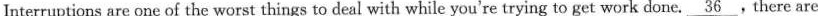
Interruptions are one of the worst things to deal with while you're trying to get work done. \underline{36}，There are